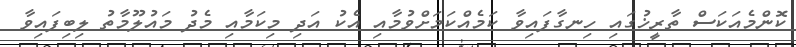
ކޮންމެއަކަސް ތާރީޚުގައި ހިނގާފައިވާ ކަމެއްކަމަށްވުމާއި އެކު އަދި މިކަމާއި މެދު މައުލޫމާތު ލިބިފައިވާ